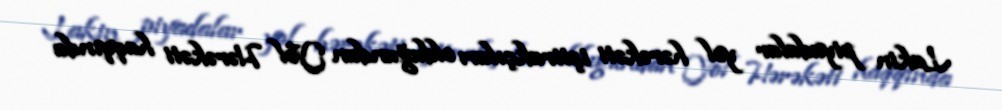
Lakin piyadalar yol hərəkəti iştirakçıları olduğundan Yol Hərəkəti haqqında